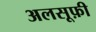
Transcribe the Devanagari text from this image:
अलसूफ़ी